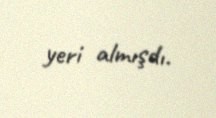
yeri almışdı.